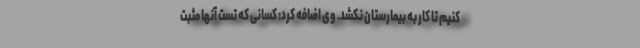
کنیم تا کار به بیمارستان نکشد. وی اضافه کرد: کسانی که تست آنها مثبت